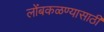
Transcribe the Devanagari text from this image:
लोंबकळण्यासाठी